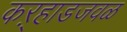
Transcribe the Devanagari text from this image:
कऱ्हाडजवळ